Civil Veterinary Dept. North-West Frontier Province 1933-46 - 1933-1946
Year: 1933
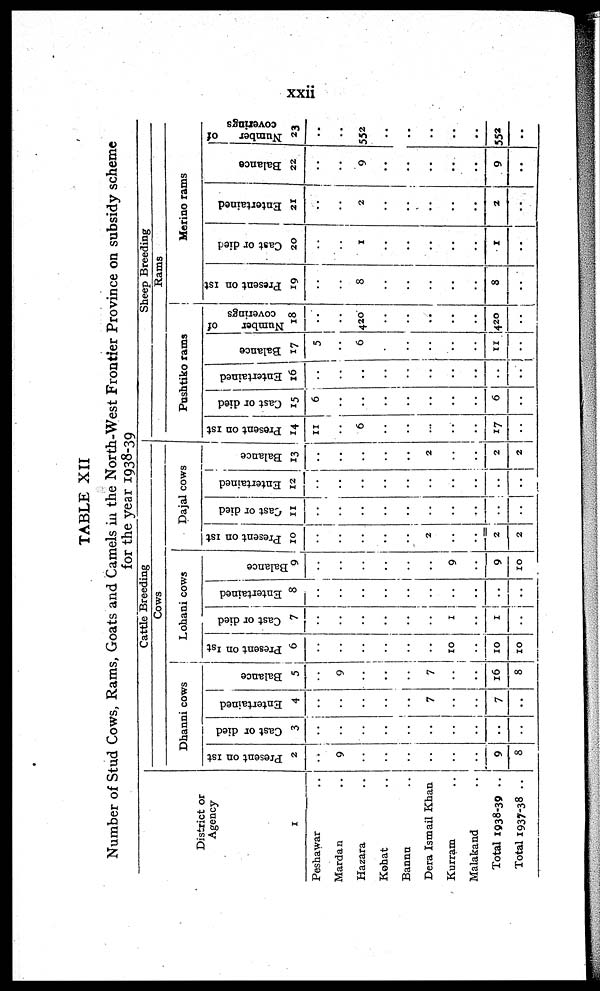
xxii
TABLE XII
Number of Stud Cows, Rams, Goats and Camels in the North-West Frontier Province on subsidy scheme
for the year 1938-39
District or
Agency
1
Peshawar ..
Mardan ..
Hazara ..
Kohat ..
Bannu ..
Dera Ismail Khan
Kurram ..
Malakand ..
Total 1938-39 ..
Total 1937-38 ..
Cattle Breeding
Cows
Dhanni cows
Present on 1st
2
..
9
..
..
..
..
..
..
9
8
Cast or died
3
..
..
..
..
..
..
..
..
..
..
Entertained
4
..
..
..
..
..
7
..
..
7
..
Balance
5
..
9
..
..
..
7
..
..
16
8
Lohani cows
Present on 1st
6
..
..
..
..
..
..
10
..
10
10
Cast or died
7
..
..
..
..
..
..
1
..
1
..
Entertained
8
..
..
..
..
..
..
..
..
..
......
Balance
9
..
..
..
..
..
..
9
..
9
10
Dajal cows
Present on 1st
10
..
..
..
..
..
2
..
..
2
2
Cast or died
11
..
..
..
..
..
..
..
..
..
..
Entertained
12
..
..
..
..
..
..
..
..
..
..
Balance
13
...
..
..
..
..
2
..
..
2
2
Sheep Breeding
Rams
Pushtiko rams
Present on 1st
14
11
..
6
..
..
..
..
..
17
..
Cast or died
15
6
..
..
..
..
..
..
..
6
..
Entertained
16
..
..
..
..
..
..
..
..
..
..
Balance
17
5
..
6
..
..
..
..
..
11
..
Number
of
coverings
18
..
..
420
..
..
..
..
..
420
..
Merino rams
Present on 1st
19
..
..
8
..
..
..
..
..
8
..
Cast or died
20
..
..
1
..
..
..
..
..
1
..
Entertained
21
..
..
2
..
..
..
..
..
2
..
Balance
22
..
...
9
..
..
..
..
..
9
..
Number
of
coverings
23
..
..
552
..
..
..
..
..
552
..